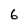
Character: 6